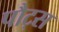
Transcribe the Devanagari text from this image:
पौट्स